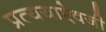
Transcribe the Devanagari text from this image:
प्रत्ययाऐवजी